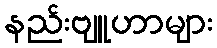
နည်းဗျူဟာများ